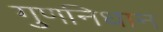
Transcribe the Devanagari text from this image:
गुणनिधान